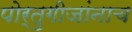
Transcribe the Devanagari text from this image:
पोर्तुगीजांनाच